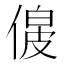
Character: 𠌟